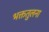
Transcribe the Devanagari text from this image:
भक्ततुलना